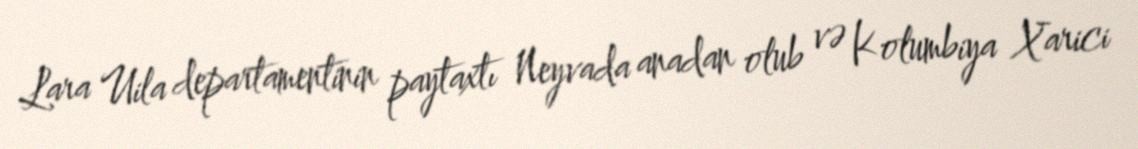
Lara Uila departamentinin paytaxtı Neyvada anadan olub və Kolumbiya Xarici